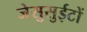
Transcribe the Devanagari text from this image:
जेसुसुईटों